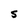
Character: S